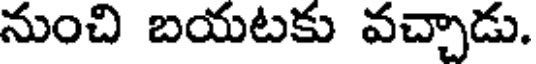
నుంచి బయటకు వచ్చాడు.